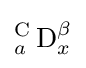
{_{a}^{\text{C}}\operatorname {D} _{x}^{\beta }}